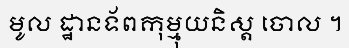
មូល ដ្ឋានទ័ពកុម្មុយនិស្ត ចោល ។